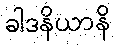
ခါဒနိယာနိ